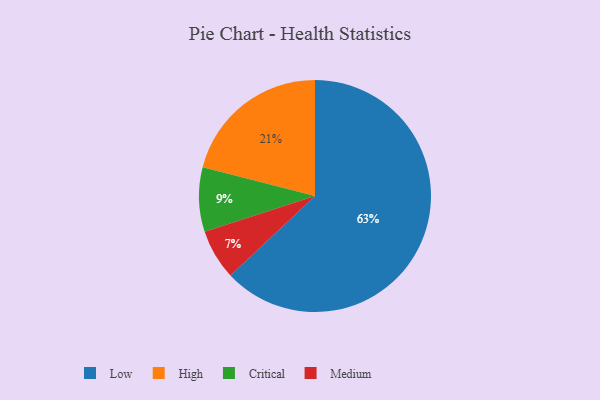
{"axis": {"x": "Category", "y": "Percentage"}, "legend": ["Critical", "High", "Low", "Medium"], "data": [{"x": "High", "y": 21, "type": "High"}, {"x": "Medium", "y": 7, "type": "Medium"}, {"x": "Critical", "y": 9, "type": "Critical"}, {"x": "Low", "y": 63, "type": "Low"}]}